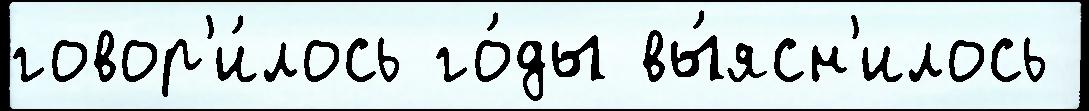
говор'и́лось го́ды вы́ясн'илось